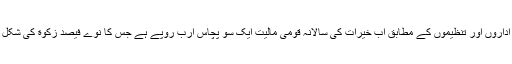
غیرسرکاری فلاحی اداروں اور تنظیموں کے مطابق اب خیرات کی سالانہ قومی مالیت ایک سو پچاس ارب روپے ہے جس کا نوے فیصد زکوٰة کی شکل میں ادا کیا جاتا ہے۔